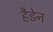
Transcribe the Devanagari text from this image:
हैडेन